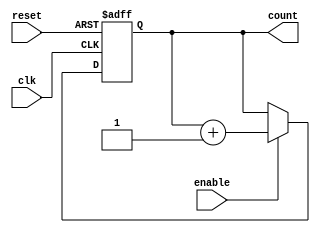
module Binary_Up_Counter_Enable (
    input wire clk,
    input wire reset,
    input wire enable,
    output reg [N-1:0] count
);

parameter N = 4; // Number of bits in the counter

always @(posedge clk or posedge reset) begin
    if (reset) begin
        count <= 0;
    end else if (enable) begin
        count <= count + 1;
    end
end

endmodule